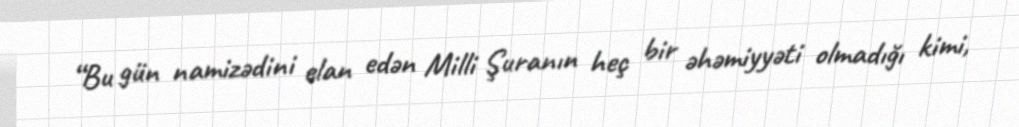
“Bu gün namizədini elan edən Milli Şuranın heç bir əhəmiyyəti olmadığı kimi,